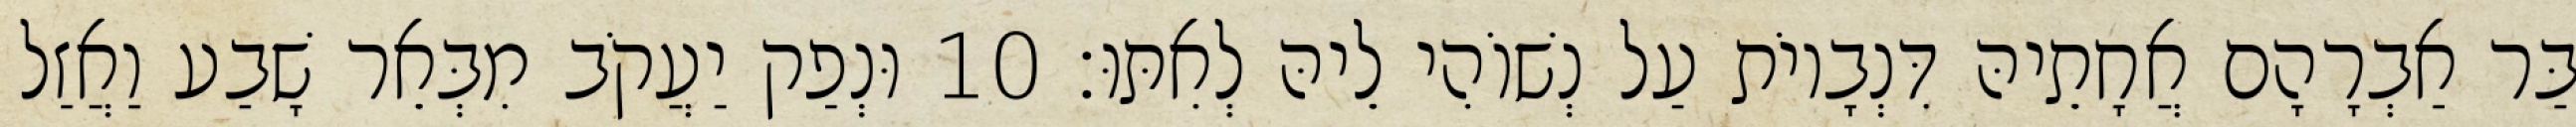
בַּר אַבְרָהָם אֲחָתֵיהּ דִּנְבָיוֹת עַל נְשׁוֹהִי לֵיהּ לְאִתּוּ׃ 10 וּנְפַק יַעֲקֹב מִבְּאֵר שָׁבַע וַאֲזַל